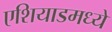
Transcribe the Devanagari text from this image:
एशियाडमध्ये